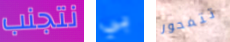
نتجنب بي تتمحور